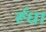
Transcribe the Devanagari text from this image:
र्रूँधा